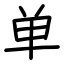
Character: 单